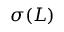
\sigma ( L )